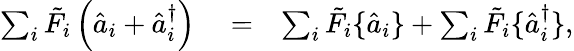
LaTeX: \begin{array}{rlr}{\sum_{i}\tilde{F}_{i}\left(\hat{a}_{i}+\hat{a}_{i}^{\dagger}\right)}&{{}=}&{\sum_{i}\tilde{F}_{i}\{ \hat{a}_{i}\} +\sum_{i}\tilde{F}_{i}\{ \hat{a}_{i}^{\dagger}\} ,}\end{array}